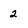
Character: 2